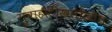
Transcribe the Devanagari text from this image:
गुवाहाटीखलोखाल